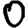
Digit: 0